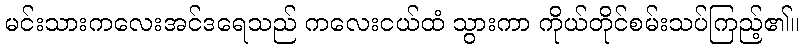
မင်းသားကလေးအင်ဒရေသည် ကလေးငယ်ထံ သွားကာ ကိုယ်တိုင်စမ်းသပ်ကြည့်၏။